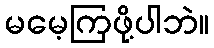
မမေ့ကြဖို့ပါဘဲ။